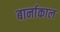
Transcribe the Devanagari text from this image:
बार्नाकाल